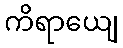
ကိရာယျေ